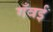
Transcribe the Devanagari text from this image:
गँवईं